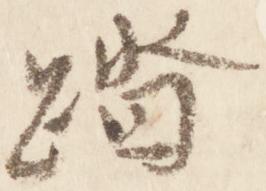
踏